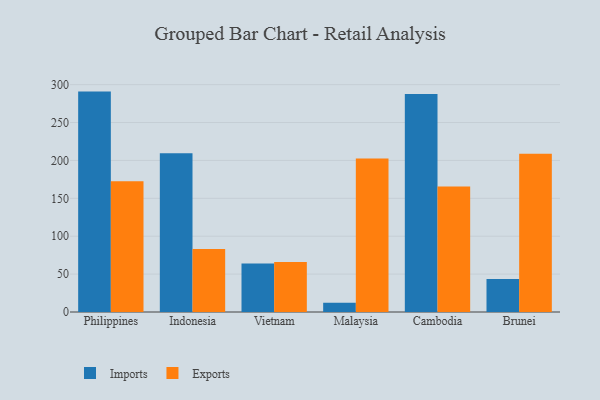
{"axis": {"x": "Country", "y": "Headcount"}, "legend": ["Exports", "Imports"], "data": [{"x": "Philippines", "y": 290.8, "type": "Imports"}, {"x": "Philippines", "y": 172.5, "type": "Exports"}, {"x": "Indonesia", "y": 209.6, "type": "Imports"}, {"x": "Indonesia", "y": 83.2, "type": "Exports"}, {"x": "Vietnam", "y": 63.9, "type": "Imports"}, {"x": "Vietnam", "y": 66.1, "type": "Exports"}, {"x": "Malaysia", "y": 12.1, "type": "Imports"}, {"x": "Malaysia", "y": 202.5, "type": "Exports"}, {"x": "Cambodia", "y": 287.6, "type": "Imports"}, {"x": "Cambodia", "y": 165.6, "type": "Exports"}, {"x": "Brunei", "y": 43.6, "type": "Imports"}, {"x": "Brunei", "y": 208.8, "type": "Exports"}]}